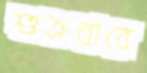
শুক্রবারে